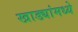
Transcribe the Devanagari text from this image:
खाड्यांमध्ये